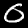
Label: 0